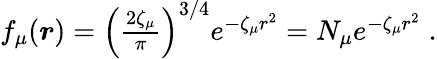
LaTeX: \begin{array}{r}{f_{\mu}(\boldsymbol{r})=\left(\frac{2\zeta_{\mu}}{\pi}\right)^{3/4}e^{-\zeta_{\mu}r^{2}}=N_{\mu}e^{-\zeta_{\mu}r^{2}}\; .}\end{array}